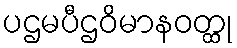
ပဌမပီဌဝိမာနဝတ္ထု